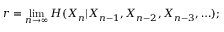
r = \operatorname* { l i m } _ { n \to \infty } H ( X _ { n } | X _ { n - 1 } , X _ { n - 2 } , X _ { n - 3 } , \ldots ) ;